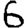
Digit: 6